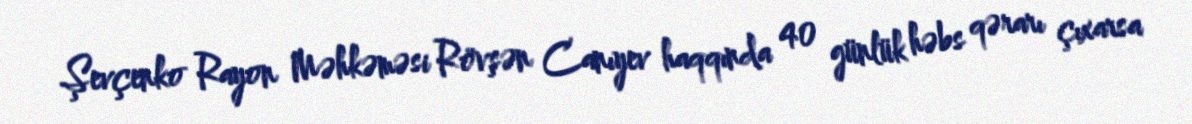
Şevçenko Rayon Məhkəməsi Rövşən Canıyev haqqında 40 günlük həbs qərarı çıxarsa